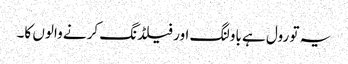
یہ تو رول ہے باولنگ اور فیلڈنگ کرنے والوں کا۔